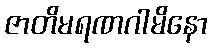
ဇာတိမရဏဂါမိနော